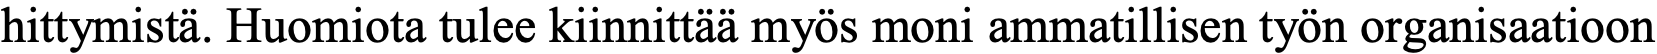
hittymistä. Huomiota tulee kiinnittää myös moni ammatillisen työn organisaatioon